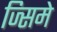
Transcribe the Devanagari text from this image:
ज्सिमे